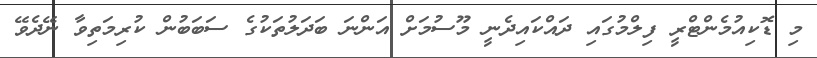
މި ޑޮކިއުމެންޓްރީ ފިލްމުގައި ދައްކައިދެނީ މޫސުމަށް އަންނަ ބަދަލުތަކުގެ ސަބަބުން ކުރިމަތިވާ ނޭދެވޭ